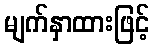
မျက်နှာထားဖြင့်